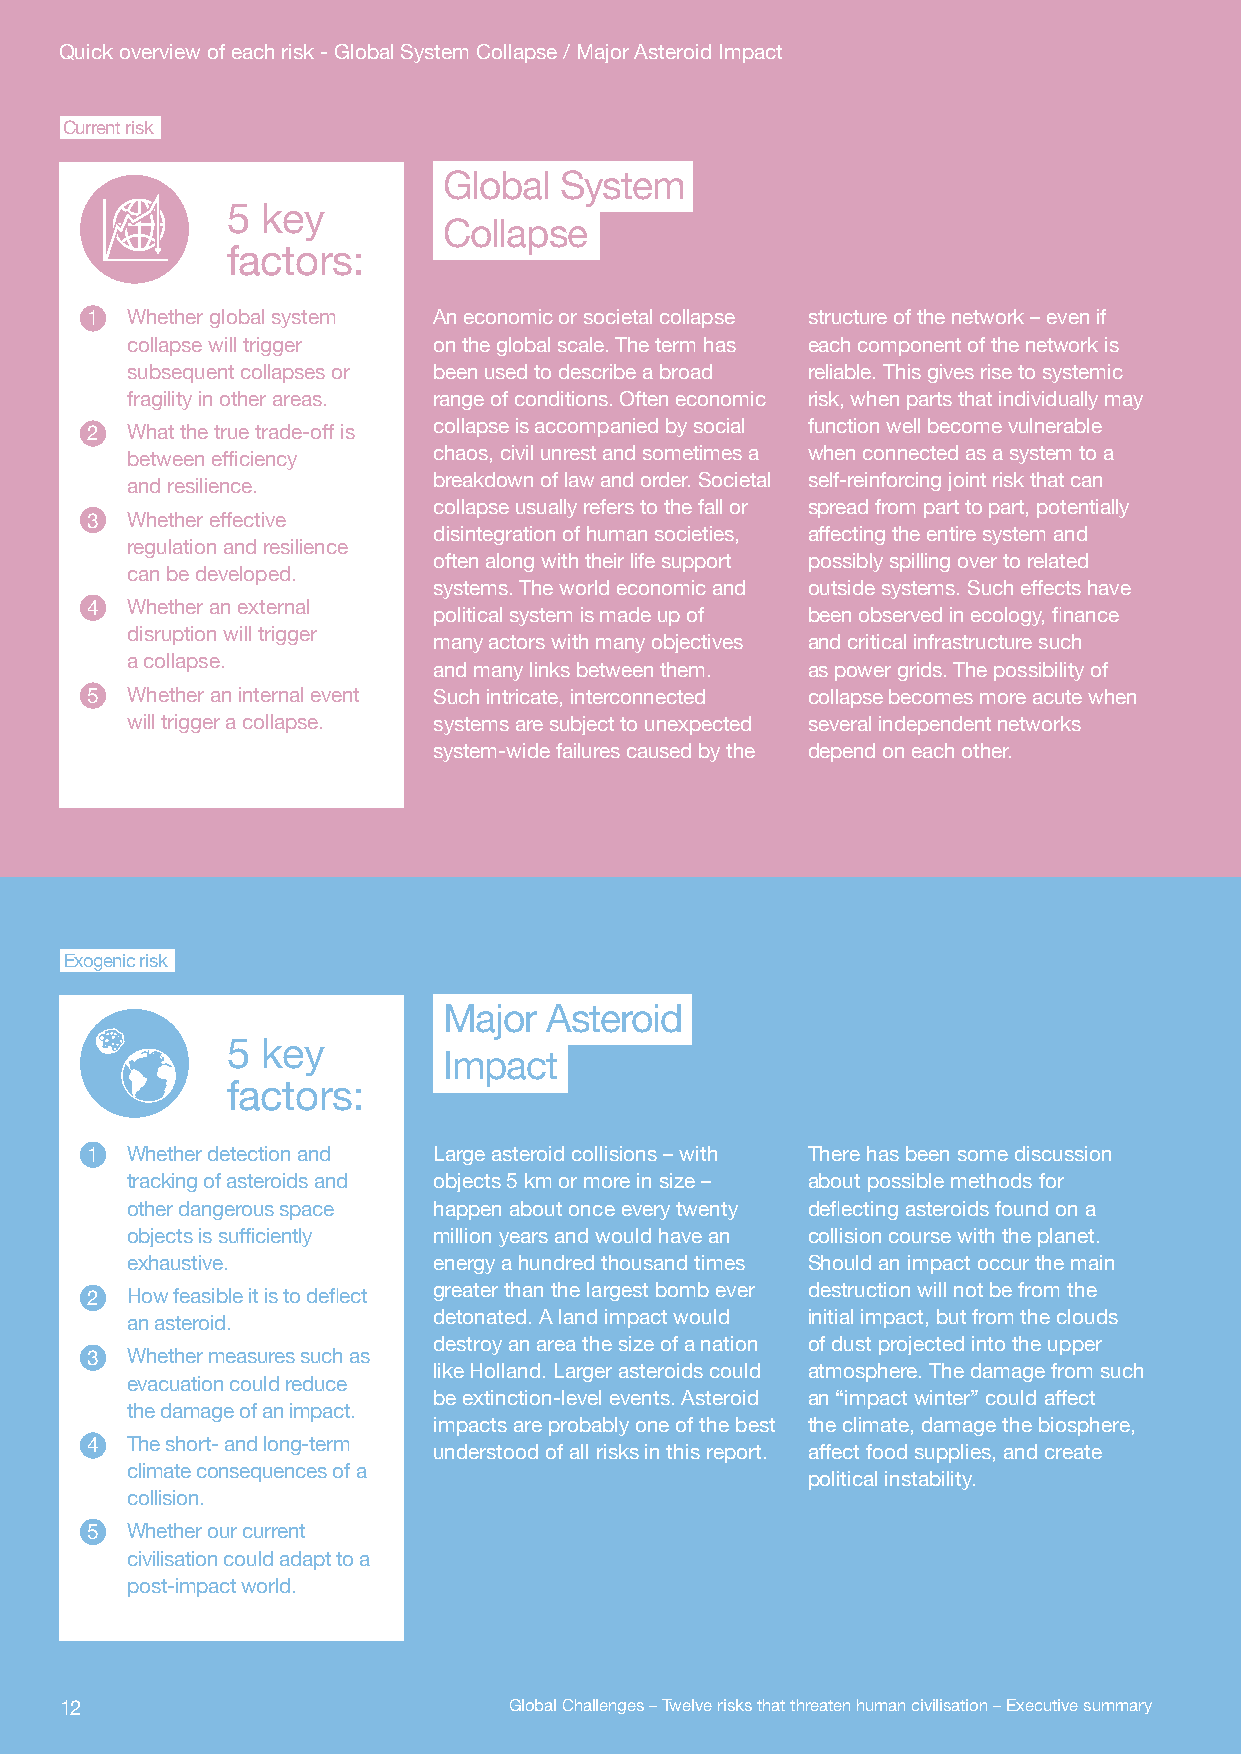
Quick overview of each risk - Global System Collapse / Major Asteroid Impact
 Current risk
 Global  System
 5 key
 Collapse
 factors:
 G1lobal WSyhsteemther global system An economic or societal collapse structure of the network – even if
 Collapse
 collapse will trigger on the global scale. The term has each component of the network is
 subsequent collapses or been used to describe a broad reliable. This gives rise to systemic
 fragility in other areas. range of conditions. Often economic risk, when parts that individually may
 2 What the true trade-off is collapse is accompanied by social function well become vulnerable
 between efficiency   chaos, civil unrest and sometimes a when connected as a system to a
 and resilience.      breakdown of law and order. Societal self-reinforcing joint risk that can
 collapse usually refers to the fall or spread from part to part, potentially
 3 Whether effective
 disintegration of human societies, affecting the entire system and
 regulation and resilience
 often along with their life support possibly spilling over to related
 can be developed.
 systems. The world economic and outside systems. Such effects have
 4 Whether an external
 political system is made up of been observed in ecology, finance
 disruption will trigger
 many actors with many objectives and critical infrastructure such
 a collapse.
 and many links between them. as power grids. The possibility of
 5 Whether an internal event Such intricate, interconnected collapse becomes more acute when
 will trigger a collapse. systems are subject to unexpected several independent networks
 system-wide failures caused by the depend on each other.
 Exogenic risk
 Major  Asteroid
 5 key
 Impact
 factors:
 Major Asteroid
 1 Whether detection and Large asteroid collisions – with There has been some discussion
 Impact
 tracking of asteroids and objects 5 km or more in size – about possible methods for
 other dangerous space happen about once every twenty deflecting asteroids found on a
 objects is sufficiently million years and would have an collision course with the planet.
 exhaustive.          energy a hundred thousand times Should an impact occur the main
 2 How feasible it is to deflect greater than the largest bomb ever destruction will not be from the
 an asteroid.         detonated. A land impact would initial impact, but from the clouds
 destroy an area the size of a nation of dust projected into the upper
 3 Whether measures such as
 like Holland. Larger asteroids could atmosphere. The damage from such
 evacuation could reduce
 be extinction-level events. Asteroid an “impact winter” could affect
 the damage of an impact.
 impacts are probably one of the best the climate, damage the biosphere,
 4 The short- and long-term
 understood of all risks in this report. affect food supplies, and create
 climate consequences of a
 political instability.
 collision.
 5 Whether our current
 civilisation could adapt to a
 post-impact world.
 12                            Global Challenges – Twelve risks that threaten human civilisation – Executive summary